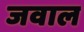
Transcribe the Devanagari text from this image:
जवाल